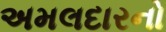
અમલદારનો